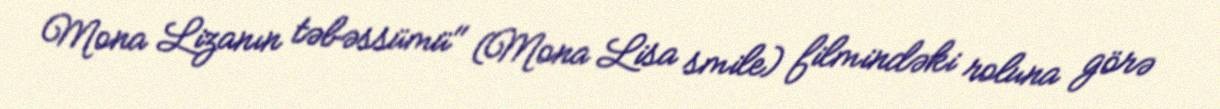
Mona Lizanın təbəssümü" (Mona Lisa smile) filmindəki roluna görə